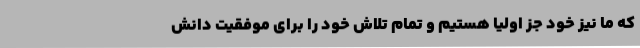
که ما نیز خود جز اولیا هستیم و تمام تلاش خود را برای موفقیت دانش